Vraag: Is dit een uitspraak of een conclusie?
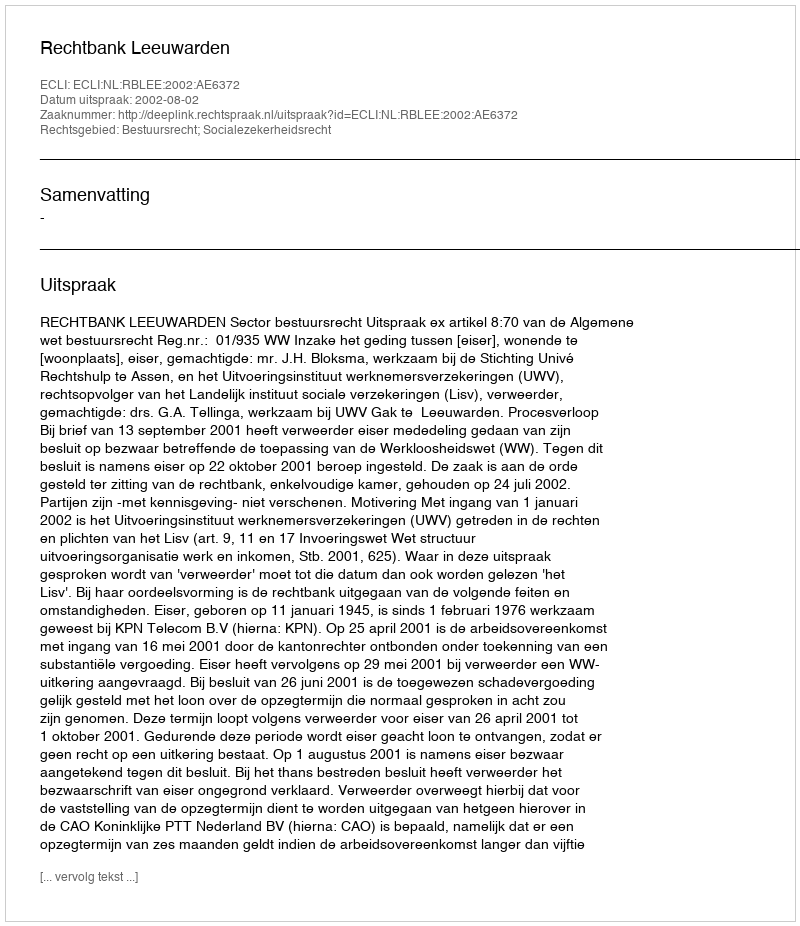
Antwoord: Uitspraak